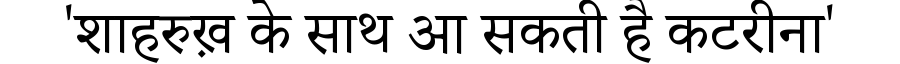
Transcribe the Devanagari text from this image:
'शाहरुख़ के साथ आ सकती है कटरीना'